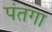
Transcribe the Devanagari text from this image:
पंतगा